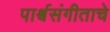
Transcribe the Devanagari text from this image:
पार्श्वसंगीताचे